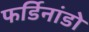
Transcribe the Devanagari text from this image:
फर्डिनांडो